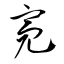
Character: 亮